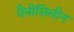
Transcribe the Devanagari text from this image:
पैनीसिलीन